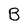
Character: B